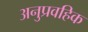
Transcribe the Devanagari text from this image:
अनुप्रवहिक